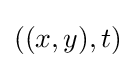
((x,y),t)